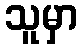
သူမှာ